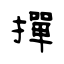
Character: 撣